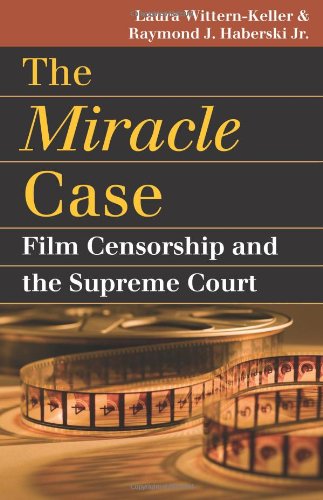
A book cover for The Miracle Case: Film Censorship and the Supreme Court (Landmark Law Cases and American Society); Laura Wittern-Keller; Law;